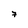
Character: 7